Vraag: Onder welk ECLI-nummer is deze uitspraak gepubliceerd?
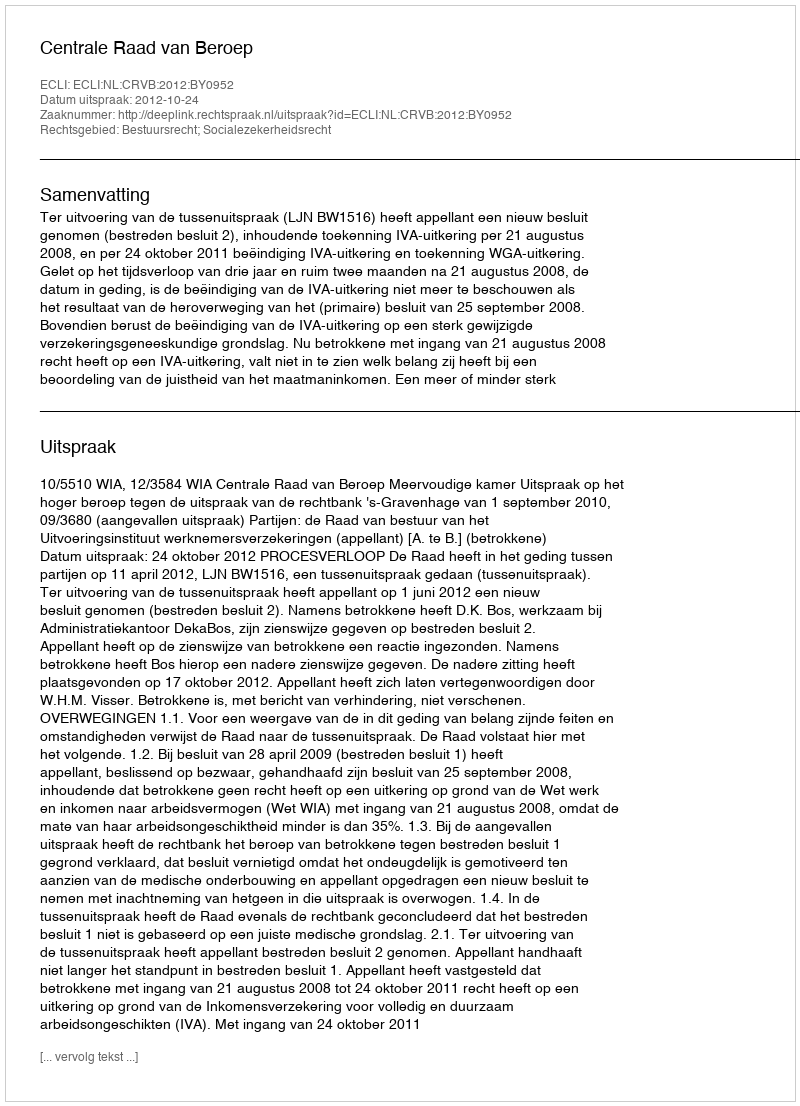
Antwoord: ECLI:NL:CRVB:2012:BY0952